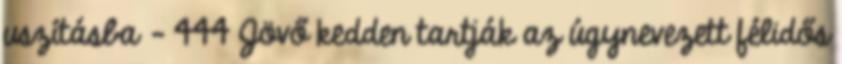
uszításba - 444 Jövő kedden tartják az úgynevezett félidős